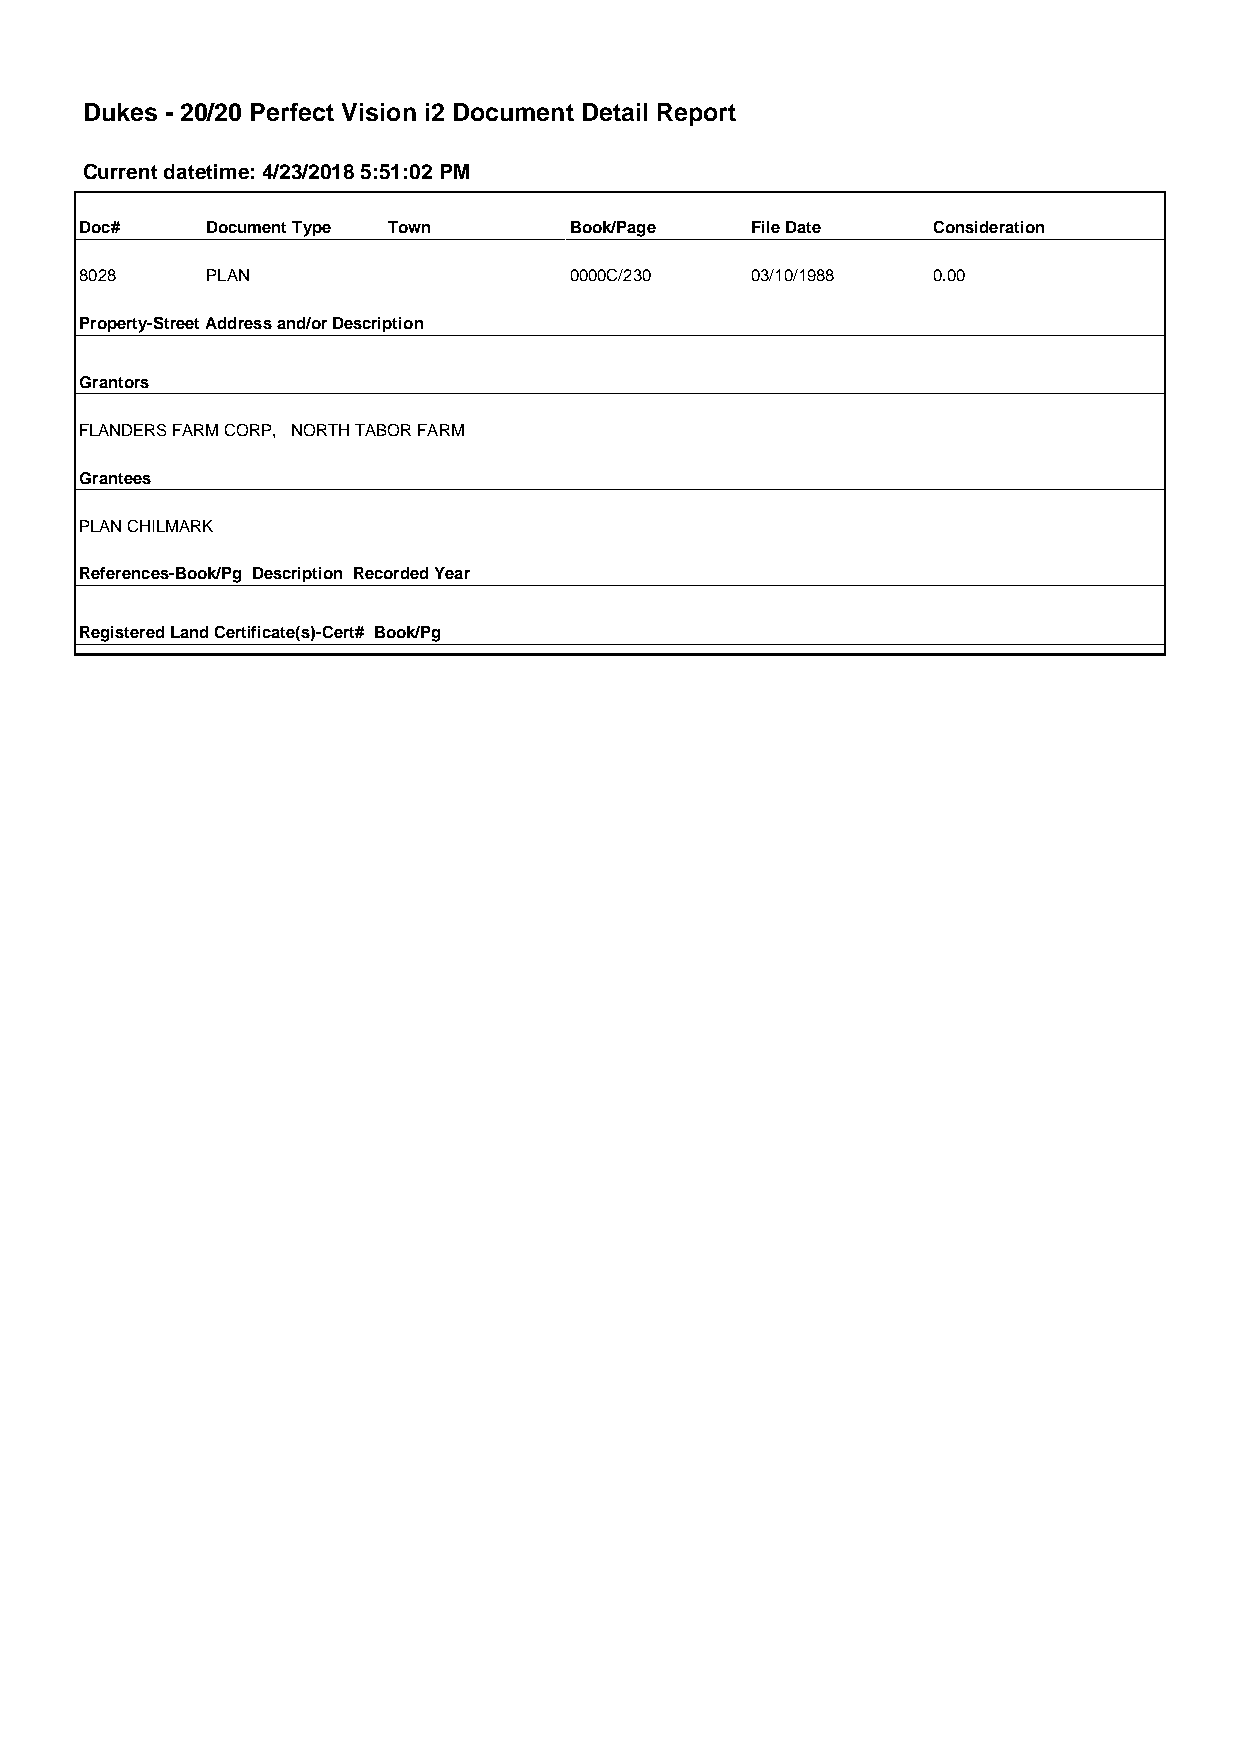
Dukes - 20/20 Perfect Vision i2 Document Detail Report
 Current datetime: 4/23/2018 5:51:02 PM
 Doc#     Document Type Town      Book/Page   File Date   Consideration
 8028     PLAN                    0000C/230   03/10/1988  0.00
 Property-Street Address and/or Description
 Grantors
 FLANDERS FARM CORP, NORTH TABOR FARM
 Grantees
 PLAN CHILMARK
 References-Book/Pg Description Recorded Year
 Registered Land Certificate(s)-Cert# Book/Pg